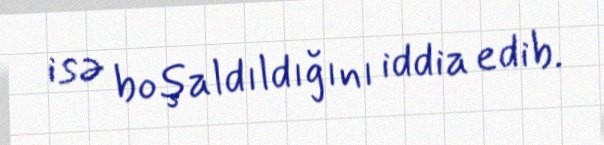
isə boşaldıldığını iddia edib.